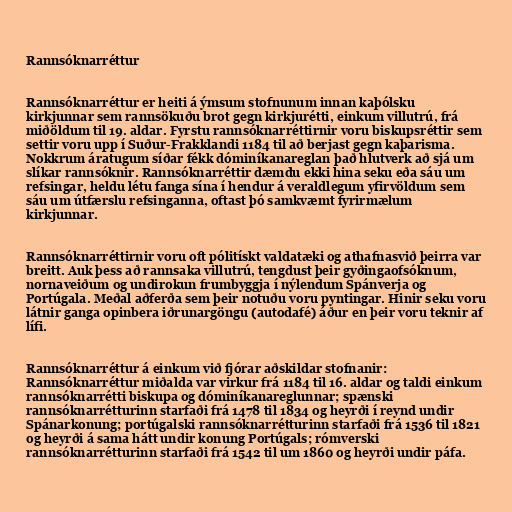
Rannsóknarréttur

Rannsóknarréttur er heiti á ýmsum stofnunum innan kaþólsku
kirkjunnar sem rannsökuðu brot gegn kirkjurétti, einkum villutrú, frá
miðöldum til 19. aldar. Fyrstu rannsóknarréttirnir voru biskupsréttir sem
settir voru upp í Suður-Frakklandi 1184 til að berjast gegn kaþarisma.
Nokkrum áratugum síðar fékk dóminíkanareglan það hlutverk að sjá um
slíkar rannsóknir. Rannsóknarréttir dæmdu ekki hina seku eða sáu um
refsingar, heldu létu fanga sína í hendur á veraldlegum yfirvöldum sem
sáu um útfærslu refsinganna, oftast þó samkvæmt fyrirmælum
kirkjunnar.

Rannsóknarréttirnir voru oft pólitískt valdatæki og athafnasvið þeirra var
breitt. Auk þess að rannsaka villutrú, tengdust þeir gyðingaofsóknum,
nornaveiðum og undirokun frumbyggja í nýlendum Spánverja og
Portúgala. Meðal aðferða sem þeir notuðu voru pyntingar. Hinir seku voru
látnir ganga opinbera iðrunargöngu (autodafé) áður en þeir voru teknir af
lífi.

Rannsóknarréttur á einkum við fjórar aðskildar stofnanir:
Rannsóknarréttur miðalda var virkur frá 1184 til 16. aldar og taldi einkum
rannsóknarrétti biskupa og dóminíkanareglunnar; spænski
rannsóknarrétturinn starfaði frá 1478 til 1834 og heyrði í reynd undir
Spánarkonung; portúgalski rannsóknarrétturinn starfaði frá 1536 til 1821
og heyrði á sama hátt undir konung Portúgals; rómverski
rannsóknarrétturinn starfaði frá 1542 til um 1860 og heyrði undir páfa.